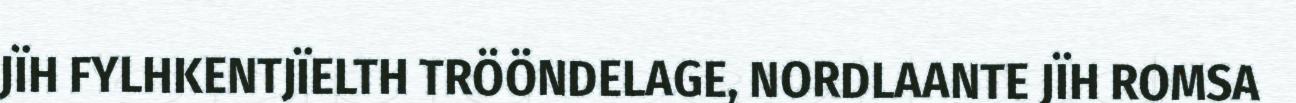
JÏH FYLHKENTJÏELTH TRÖÖNDELAGE, NORDLAANTE JÏH ROMSA